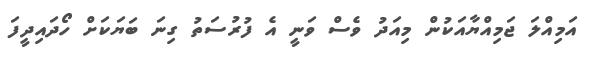
އަމިއްލަ ޖަމިއްޔާއަކުން މިއަދު ވެސް ވަނީ އެ ފުރުސަތު ގިނަ ބަޔަކަށް ހޯދައިދީފަ